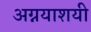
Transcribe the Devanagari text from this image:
अग्नयाशयी